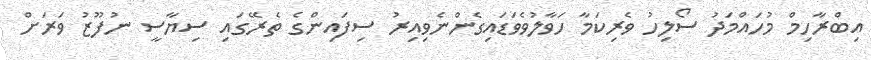
އިބްރާހިމް މުހައްމަދު ސޯލިހު ވެރިކަމާ ހަވާލުވެވަޑައިގެންނެވިއިރު ސިފައިންގެ ތެރޭގައި ސިޔާސީ ނުފޫޒު ވަރަށް